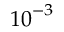
{ { 1 0 } ^ { - 3 } }